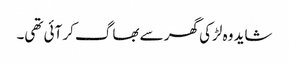
شاید وہ لڑکی گھر سے بھاگ کر آئی تھی۔